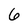
Character: 6